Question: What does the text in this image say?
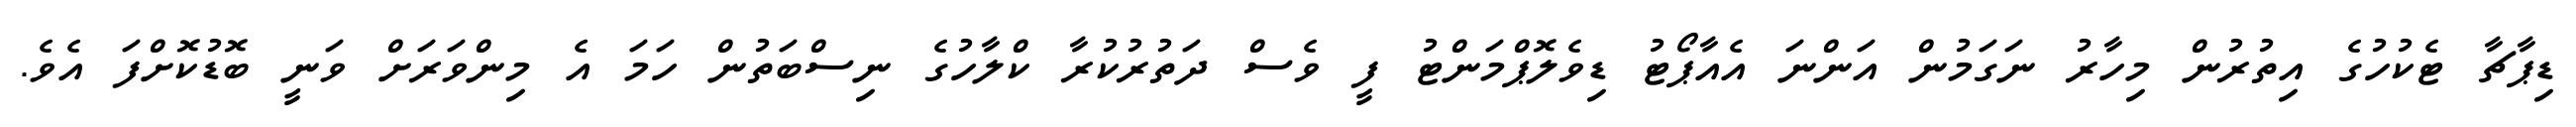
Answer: ޑިޕާޗާ ޓެކުހުގެ އިތުރުން މިހާރު ނަގަމުން އަންނަ އެއާޕޯޓު ޑިވެލޮޕްމަންޓު ފީ ވެސް ދަތުރުކުރާ ކްލާހުގެ ނިސްބަތުން ހަމަ އެ މިންވަރަށް ވަނީ ބޮޑުކޮށްފަ އެވެ.